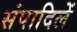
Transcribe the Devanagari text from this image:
संपादिलें